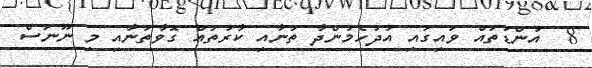
8  އުންޑަތައް ވައިގައި އުދުހެމުންދާ ތަނާއި ކާރުތައް ގޮވާތަނާއި މި ނޫނަސް